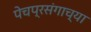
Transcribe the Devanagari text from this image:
पेचप्रसंगाच्या